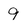
Character: 9